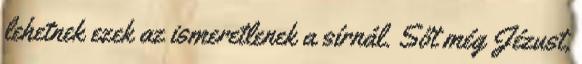
lehetnek ezek az ismeretlenek a sírnál. Sőt még Jézust,